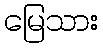
မြေသား